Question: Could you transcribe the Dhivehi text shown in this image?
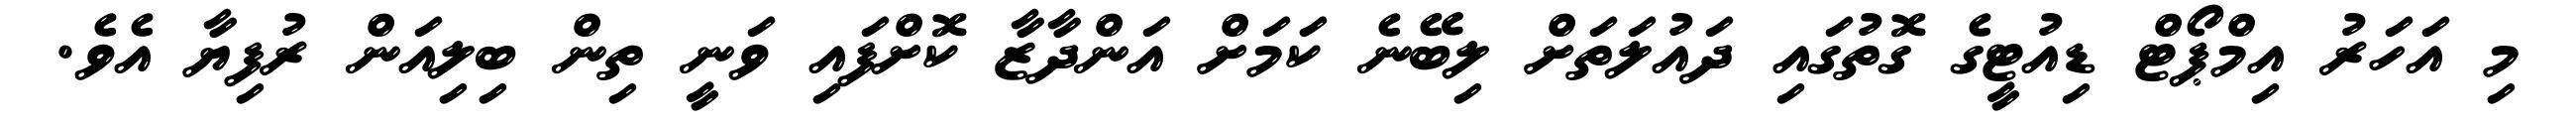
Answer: މި އަހަރު އިމްޕޯޓް ޑިއުޓީގެ ގޮތުގައި ދައުލަތަށް ލިބޭނެ ކަމަށް އަންދާޒާ ކޮށްފައި ވަނީ ތިން ބިލިއަން ރުފިޔާ އެވެ.